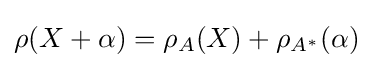
\rho (X+\alpha )=\rho _{A}(X)+\rho _{A^{*}}(\alpha )